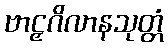
ဗာဠှဂိလာနသုတ္တံ